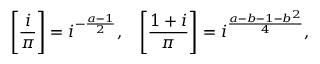
{ \Bigg [ } { \frac { i } { \pi } } { \Bigg ] } = i ^ { - { \frac { a - 1 } { 2 } } } , \; \; \; { \Bigg [ } { \frac { 1 + i } { \pi } } { \Bigg ] } = i ^ { \frac { a - b - 1 - b ^ { 2 } } { 4 } } ,